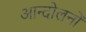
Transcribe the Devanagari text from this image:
आन्दोलनोंं